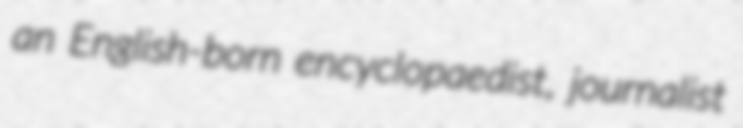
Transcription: an English-born encyclopaedist, journalist